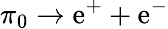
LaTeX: \pi_{0}\rightarrow\mathrm{e}^{+}+\mathrm{e}^{-}